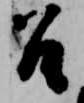
召